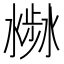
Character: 𣻣